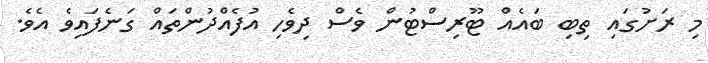
މި ރަށުގައި ތިބި ބައެއް ޓޫރިސްޓުން ވެސް ދިވެހި އުފެއްދުންތައް ގަނެފައިވެ އެވެ.